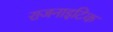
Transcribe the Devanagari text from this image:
राजनाइटिक